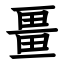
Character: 畺